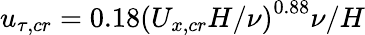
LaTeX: u_{\tau,cr}=0.18\left({U_{x,cr}H}/{\nu}\right)^{0.88}\nu/H